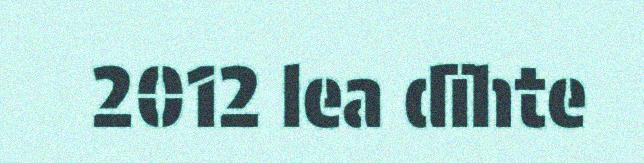
2012 lea dïhte